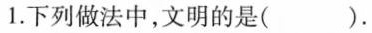
1.下列做法中，文明的是( ).